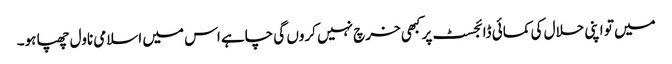
میں تو اپنی حلال کی کمائی ڈائجسٹ پر کبھی خرچ نہیں کروں گی چاہے اس میں اسلامی ناول چھپا ہو۔